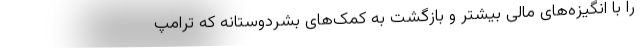
را با انگیزه‌های مالی بیشتر و بازگشت به کمک‌های بشردوستانه که ترامپ